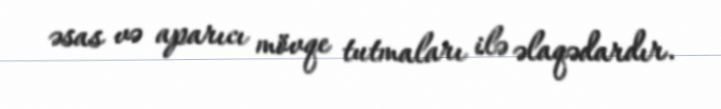
əsas və aparıcı mövqe tutmaları ilə əlaqədardır.